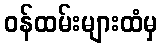
ဝန်ထမ်းများထံမှ